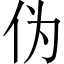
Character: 伪